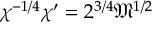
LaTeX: \chi ^ { - 1 / 4 } \chi ^ { \prime } = 2 ^ { 3 / 4 } { \mathfrak { M } } ^ { 1 / 2 }